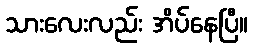
သားလေးလည်း အိပ်နေပြီ။